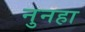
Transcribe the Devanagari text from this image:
नुनहा